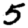
Digit: 5